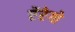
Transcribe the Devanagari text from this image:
ऐंरेगो